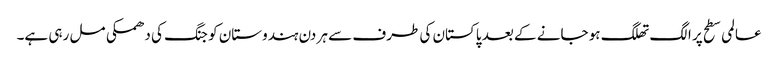
عالمی سطح پر الگ تھلگ ہو جانے کے بعد پاکستان کی طرف سے ہر دن ہندوستان کو جنگ کی دھمکی مل رہی ہے۔